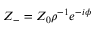
{ Z _ { - } } = { Z _ { 0 } } { \rho ^ { - 1 } } { e ^ { - i \phi } }